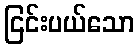
ငြင်းပယ်သော